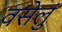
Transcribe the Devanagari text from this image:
वसेलुं